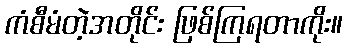
ကံစီမံတဲ့အတိုင်း ဖြစ်ကြရတာကိုး။